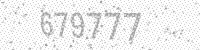
Solution: 679777